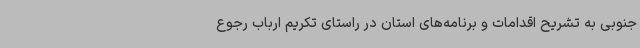
جنوبی به تشریح اقدامات و برنامه‌های استان در راستای تکریم ارباب رجوع